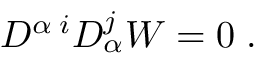
D ^ { \alpha \; i } D _ { \alpha } ^ { j } W = 0 \; .